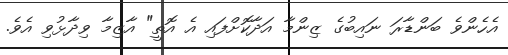
އެހެންވެ ބަންޑާރަ ނައިބުގެ ޒިންމާ އަދާކޮށްފައި އެ އޮތީ" އާޒިމާ ވިދާޅުވި އެވެ.